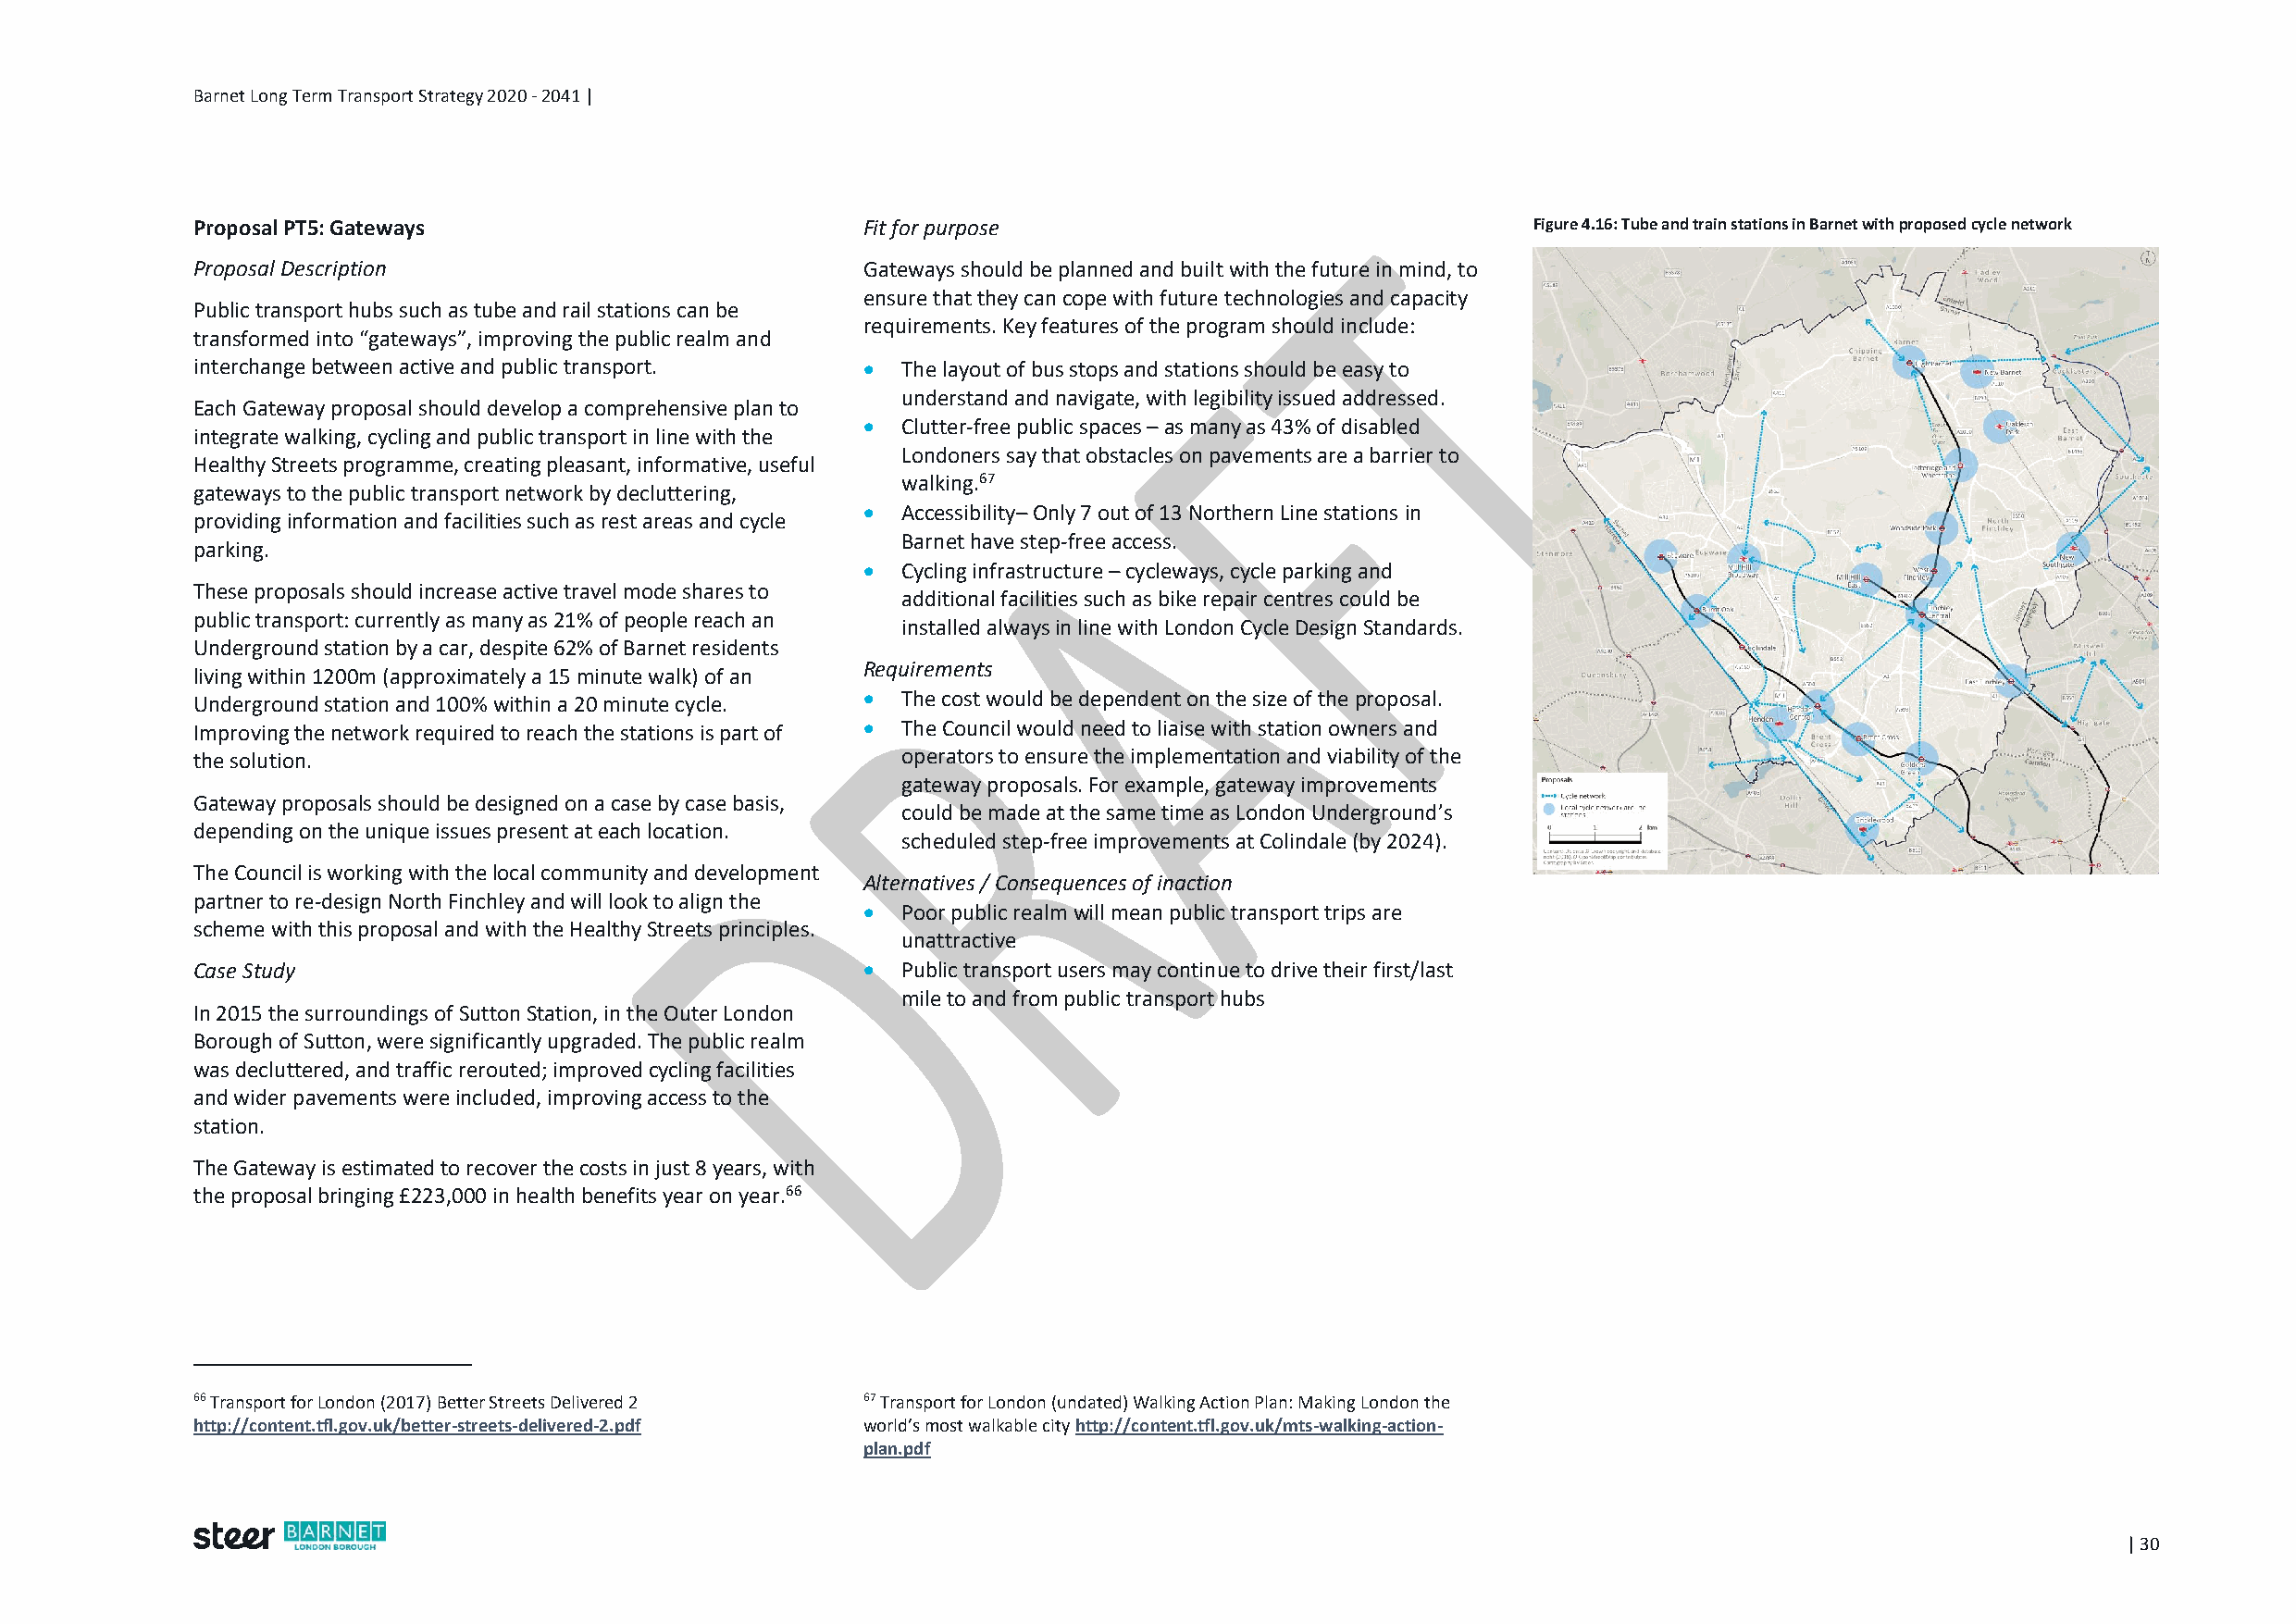
Barnet Long Term Transport Strategy 2020 - 2041 |
 Proposal PT5: Gateways                          Fit for purpose                                 Figure 4.16: Tube and train stations in Barnet with proposed cycle network
 Proposal Description                            Gateways should be planned and built with the future in mind, to
 ensure that they can cope with future technologies and capacity
 Public transport hubs such as tube and rail stations can be
 requirements. Key features of the program should include:
 transformed into “gateways”, improving the public realm and
 interchange between active and public transport.  The layout of bus stops and stations should be easy to
 understand and navigate, with legibility issued addressed.
 Each Gateway proposal should develop a comprehensive plan to
  Clutter-free public spaces – as many as 43% of disabled
 integrate walking, cycling and public transport in line with the
 Londoners say that obstacles on pavements are a barrier to
 Healthy Streets programme, creating pleasant, informative, useful
 walking.67
 gateways to the public transport network by decluttering,
  Accessibility– Only 7 out of 13 Northern Line stations in
 providing information and facilities such as rest areas and cycle
 Barnet have step-free access.
 parking.
  Cycling infrastructure – cycleways, cycle parking and
 These proposals should increase active travel mode shares to
 additional facilities such as bike repair centres could be
 public transport: currently as many as 21% of people reach an
 installed always in line with London Cycle Design Standards.
 Underground station by a car, despite 62% of Barnet residents
 Requirements
 living within 1200m (approximately a 15 minute walk) of an
  The cost would be dependent on the size of the proposal.
 Underground station and 100% within a 20 minute cycle.
 Improving the network required to reach the stations is part of  The Council would need to liaise with station owners and
 the solution.                                     operators to ensure the implementation and viability of the
 gateway proposals. For example, gateway improvements
 Gateway proposals should be designed on a case by case basis,
 could be made at the same time as London Underground’s
 depending on the unique issues present at each location.
 scheduled step-free improvements at Colindale (by 2024).
 The Council is working with the local community and development
 Alternatives / Consequences of inaction
 partner to re-design North Finchley and will look to align the
  Poor public realm will mean public transport trips are
 scheme with this proposal and with the Healthy Streets principles.
 unattractive
 Case Study                                       Public transport users may continue to drive their first/last
 mile to and from public transport hubs
 In 2015 the surroundings of Sutton Station, in the Outer London
 Borough of Sutton, were significantly upgraded. The public realm
 was decluttered, and traffic rerouted; improved cycling facilities
 and wider pavements were included, improving access to the
 station.
 The Gateway is estimated to recover the costs in just 8 years, with
 the proposal bringing £223,000 in health benefits year on year.66
 66 Transport for London (2017) Better Streets Delivered 2 67 Transport for London (undated) Walking Action Plan: Making London the
 http://content.tfl.gov.uk/better-streets-delivered-2.pdf world’s most walkable city http://content.tfl.gov.uk/mts-walking-action-
 plan.pdf
 | 30